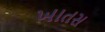
ખાતસ